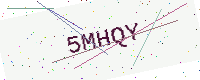
Text: 5MHQY